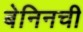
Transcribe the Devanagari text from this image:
बेनिनची